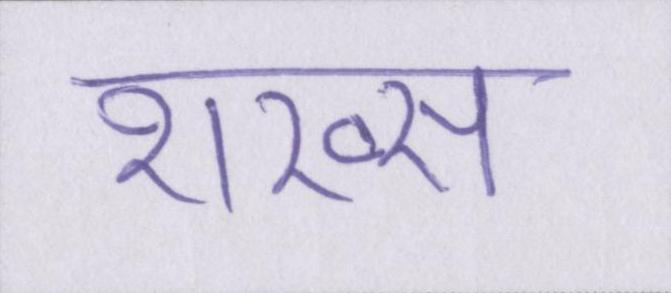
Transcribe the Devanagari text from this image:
शख्स